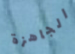
الجاهزة